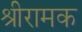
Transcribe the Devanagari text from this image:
श्रीरामक